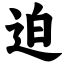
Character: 迫